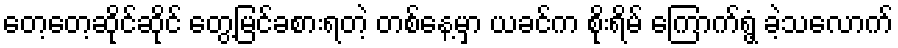
တေ့တေ့ဆိုင်ဆိုင် တွေ့မြင်ခစားရတဲ့ တစ်နေ့မှာ ယခင်က စိုးရိမ် ကြောက်ရွံ့ ခဲ့သလောက်